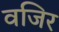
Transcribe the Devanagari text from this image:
वजिर